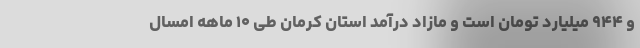
و ۹۴۴ میلیارد تومان است و مازاد درآمد استان کرمان طی ۱۰ ماهه امسال